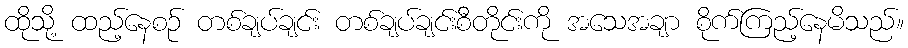
ထိုသို့ ထည့်နေစဉ် တစ်ချပ်ချင်း တစ်ချပ်ချင်းစီတိုင်းကို အသေအချာ စိုက်ကြည့်နေမိသည်။